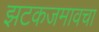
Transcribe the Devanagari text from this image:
झटकजमावचा